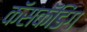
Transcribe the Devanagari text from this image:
कॅसकॅडिंग